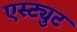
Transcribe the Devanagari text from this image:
एस्ट्युट